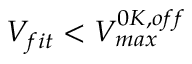
V _ { f i t } < V _ { m a x } ^ { 0 K , o f f }